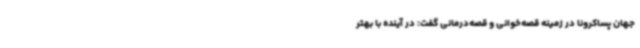
جهان پساکرونا در زمینه قصه‌خوانی و قصه‌درمانی گفت: در آینده با بهتر